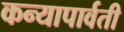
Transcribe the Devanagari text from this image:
कन्यापार्वती